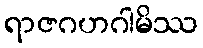
ရာဇဂဟဂါမိဿ